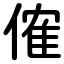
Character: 傕